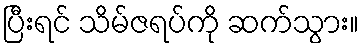
ပြီးရင် သိမ်ဇရပ်ကို ဆက်သွား။